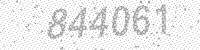
Solution: 844061